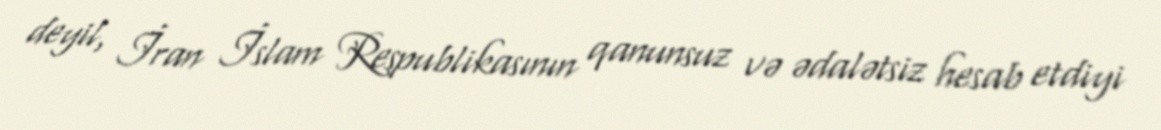
deyil, İran İslam Respublikasının qanunsuz və ədalətsiz hesab etdiyi